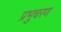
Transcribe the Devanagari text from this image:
प्रभुचरण